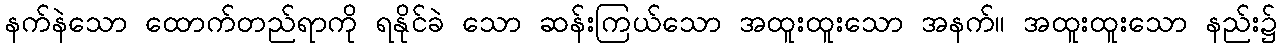
နက်နဲသော ထောက်တည်ရာကို ရနိုင်ခဲ သော ဆန်းကြယ်သော အထူးထူးသော အနက်။ အထူးထူးသော နည်း၌